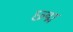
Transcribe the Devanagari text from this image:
छ्द्म